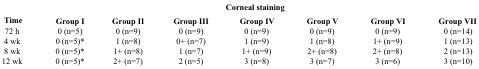
<table><thead><tr><td rowspan="2"><b>Time</b></td><td colspan="7"><b>Corneal staining</b></td></tr><tr><td><b>Group I</b></td><td><b>Group II</b></td><td><b>Group III</b></td><td><b>Group IV</b></td><td><b>Group V</b></td><td><b>Group VI</b></td><td><b>Group VII</b></td></tr></thead><tbody><tr><td>72 h</td><td>0 (n=5)</td><td>0 (n=9)</td><td>0 (n=9)</td><td>0 (n=9)</td><td>0 (n=9)</td><td>0 (n=9)</td><td>0 (n=14)</td></tr><tr><td>4 wk</td><td>0 (n=5)*</td><td>1 (n=8)</td><td>0+ (n=7)</td><td>1 (n=9)</td><td>1 (n=8)</td><td>1+ (n=9)</td><td>1 (n=13)</td></tr><tr><td>8 wk</td><td>0 (n=5)*</td><td>1+ (n=8)</td><td>1 (n=7)</td><td>1+ (n=9)</td><td>2+ (n=8)</td><td>2+ (n=8)</td><td>2 (n=13)</td></tr><tr><td>12 wk</td><td>0 (n=5)*</td><td>2+ (n=7)</td><td>2 (n=5)</td><td>3 (n=8)</td><td>3 (n=7)</td><td>3 (n=6)</td><td>3 (n=10)</td></tr></tbody></table>